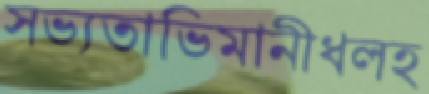
সভ্যতাভিমানীধলহ